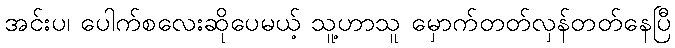
အင်းပ၊ ပေါက်စလေးဆိုပေမယ့် သူ့ဟာသူ မှောက်တတ်လှန်တတ်နေပြီ